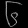
Digit: ၆